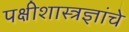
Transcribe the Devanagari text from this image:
पक्षीशास्त्रज्ञांचे